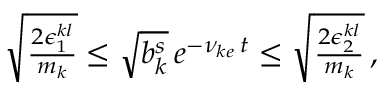
\begin{array} { r } { \sqrt { \frac { 2 \epsilon _ { 1 } ^ { k l } } { m _ { k } } } \le \sqrt { b _ { k } ^ { s } } \, e ^ { - \nu _ { k e } \, t } \le \sqrt { \frac { 2 \epsilon _ { 2 } ^ { k l } } { m _ { k } } } \, , } \end{array}